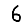
Digit: 6